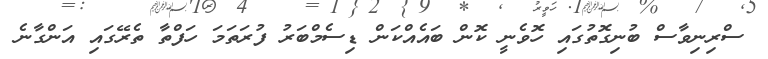
ސްރިނިވާސް ބުނިގޮތުގައި ހޮވެނީ ކޮން ބައެއްކަން ޑިސެމްބަރު ފުރަތަމަ ހަފްތާ ތެރޭގައި އަންގާނެ